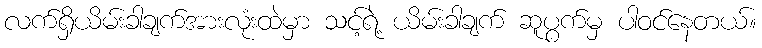
လက်ရှိယိမ်းခါချက်အားလုံးထဲမှာ သင့်ရဲ့ ယိမ်းခါချက် ဆူပွက်မှ ပါဝင်နေတယ်။